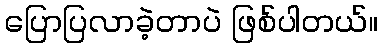
ပြောပြလာခဲ့တာပဲ ဖြစ်ပါတယ်။